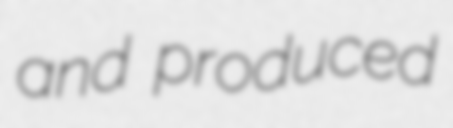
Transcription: and produced